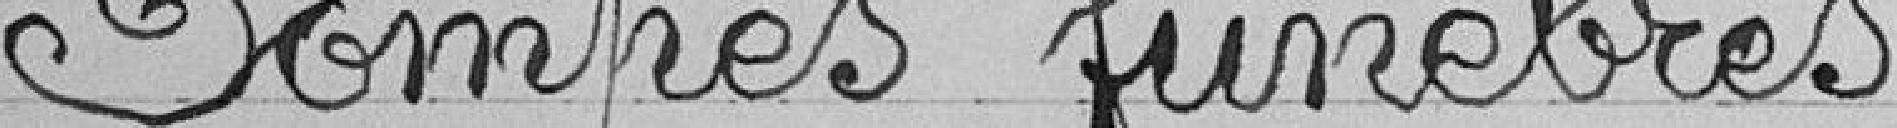
Pompes funèbres